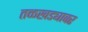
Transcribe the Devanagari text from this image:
तळखड्यावर